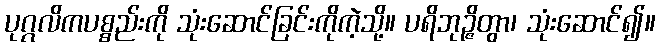
ပုဂ္ဂလိကပစ္စည်းကို သုံးဆောင်ခြင်းကိုကဲ့သို့။ ပရိဘုဉ္ဇိတွာ၊ သုံးဆောင်၍။